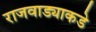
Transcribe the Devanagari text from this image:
राजवाड्याकडे